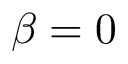
\beta = 0